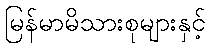
မြန်မာမိသားစုများနှင့်